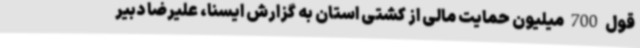
قول 700 میلیون حمایت مالی از کشتی استان به گزارش ایسنا، علیرضا دبیر